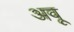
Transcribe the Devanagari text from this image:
अवू